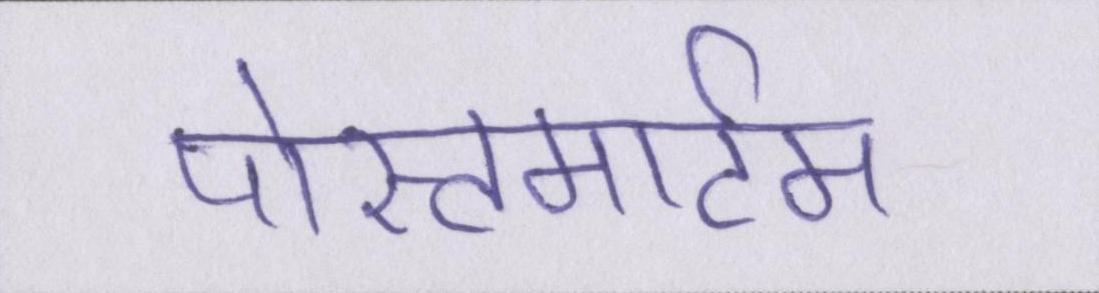
पोस्टमार्टम